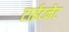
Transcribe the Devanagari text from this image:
टाईटनेट